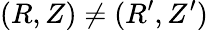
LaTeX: (R,Z)\neq(R^{\prime},Z^{\prime})